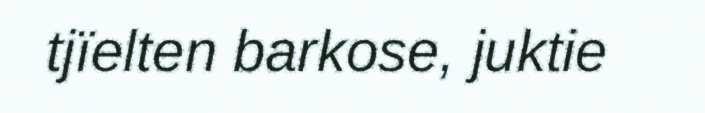
tjïelten barkose, juktie